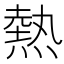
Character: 熱